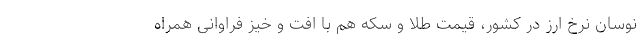
نوسان نرخ ارز در کشور، قیمت طلا و سکه هم با افت و خیز فراوانی همراه